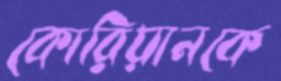
কোরিয়ানকে